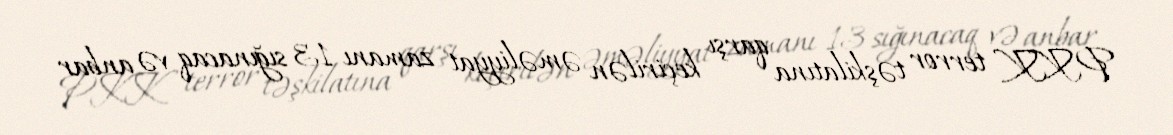
PKK terror təşkilatına qarşı keçirilən əməliyyat zamanı 13 sığınacaq və anbar